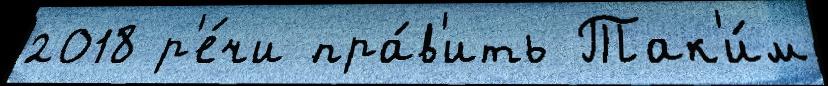
2018 р'е́чи пра́в'ить Так'и́м